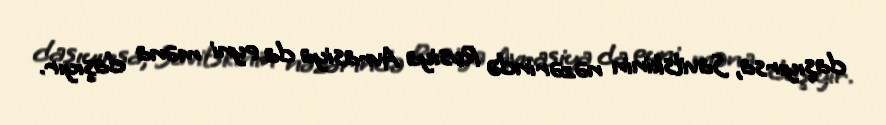
daşıyırsa, Savitskinin nəzərində Rusiya Avrasiya da eyni məna daşıyır.